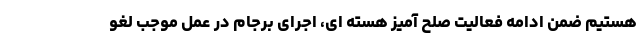
هستیم ضمن ادامه فعالیت صلح آمیز هسته ای، اجرای برجام در عمل موجب لغو